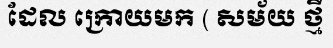
ដែល ក្រោយមក ( សម័យ ថ្មី